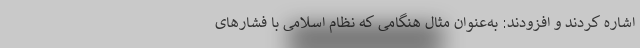
اشاره کردند و افزودند: به‌عنوان مثال هنگامی که نظام اسلامی با فشارهای